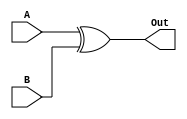
`timescale 1ns/1ns

module XOR2_1bit(A, B, Out);

input A, B;
output Out;

assign #5 Out = A ^ B;

endmodule




module TB_XOR2_1bit();

reg A, B;
wire Out;

XOR2_1bit AND(.A(A), .B(B), .Out(Out));

initial begin
	A = 1'b0; B = 1'b0;
	#100;
	A = 1'b0; B = 1'b1;
	#100;
	A = 1'b1; B = 1'b0;
	#100;
	A = 1'b1; B = 1'b1;
end
endmodule